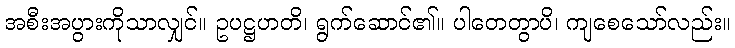
အစီးအပွားကိုသာလျှင်။ ဥပဋ္ဌဟတိ၊ ရွက်ဆောင်၏။ ပါတေတွာပိ၊ ကျစေသော်လည်း။